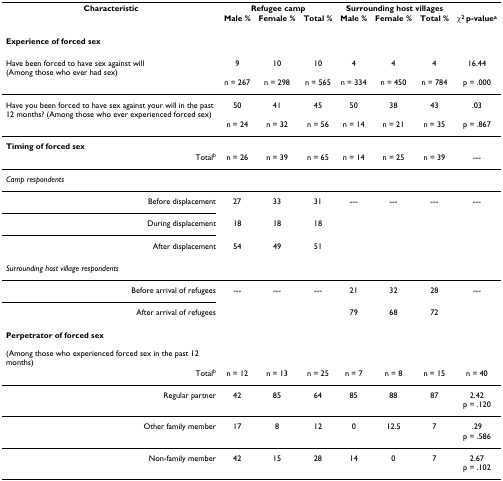
<table><thead><tr><td><b>Characteristic</b></td><td colspan="3"><b>Refugee camp</b></td><td colspan="3"><b>Surrounding host villages</b></td><td></td></tr><tr><td></td><td><b>Male %</b></td><td><b>Female %</b></td><td><b>Total %</b></td><td><b>Male %</b></td><td><b>Female %</b></td><td><b>Total %</b></td><td><b>χ<sup>2 </sup>p-value<sup>a</sup></b></td></tr></thead><tbody><tr><td><b>Experience of forced sex</b></td><td></td><td></td><td></td><td></td><td></td><td></td><td></td></tr><tr><td>Have been forced to have sex against will (Among those who ever had sex)</td><td>9</td><td>10</td><td>10</td><td>4</td><td>4</td><td>4</td><td>16.44</td></tr><tr><td></td><td>n = 267</td><td>n = 298</td><td>n = 565</td><td>n = 334</td><td>n = 450</td><td>n = 784</td><td>p = .000</td></tr><tr><td>Have you been forced to have sex against your will in the past 12 months? (Among those who ever experienced forced sex)</td><td>50</td><td>41</td><td>45</td><td>50</td><td>38</td><td>43</td><td>.03</td></tr><tr><td></td><td>n = 24</td><td>n = 32</td><td>n = 56</td><td>n = 14</td><td>n = 21</td><td>n = 35</td><td>p = .867</td></tr><tr><td><b>Timing of forced sex</b></td><td></td><td></td><td></td><td></td><td></td><td></td><td></td></tr><tr><td>Total<sup>b</sup></td><td>n = 26</td><td>n = 39</td><td>n = 65</td><td>n = 14</td><td>n = 25</td><td>n = 39</td><td>---</td></tr><tr><td><i>Camp respondents</i></td><td></td><td></td><td></td><td></td><td></td><td></td><td></td></tr><tr><td>Before displacement</td><td>27</td><td>33</td><td>31</td><td>---</td><td>---</td><td>---</td><td>---</td></tr><tr><td>During displacement</td><td>18</td><td>18</td><td>18</td><td></td><td></td><td></td><td></td></tr><tr><td>After displacement</td><td>54</td><td>49</td><td>51</td><td></td><td></td><td></td><td></td></tr><tr><td><i>Surrounding host village respondents</i></td><td></td><td></td><td></td><td></td><td></td><td></td><td></td></tr><tr><td>Before arrival of refugees</td><td>---</td><td>---</td><td>---</td><td>21</td><td>32</td><td>28</td><td>---</td></tr><tr><td>After arrival of refugees</td><td></td><td></td><td></td><td>79</td><td>68</td><td>72</td><td></td></tr><tr><td><b>Perpetrator of forced sex </b>(Among those who experienced forced sex in the past 12 months)</td><td></td><td></td><td></td><td></td><td></td><td></td><td></td></tr><tr><td>Total<sup>b</sup></td><td>n = 12</td><td>n = 13</td><td>n = 25</td><td>n = 7</td><td>n = 8</td><td>n = 15</td><td>n = 40</td></tr><tr><td>Regular partner</td><td>42</td><td>85</td><td>64</td><td>85</td><td>88</td><td>87</td><td>2.42 p = .120</td></tr><tr><td>Other family member</td><td>17</td><td>8</td><td>12</td><td>0</td><td>12.5</td><td>7</td><td>.29 p = .586</td></tr><tr><td>Non-family member</td><td>42</td><td>15</td><td>28</td><td>14</td><td>0</td><td>7</td><td>2.67p = .102</td></tr></tbody></table>